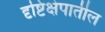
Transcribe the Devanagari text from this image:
दृष्टिक्षेपातील